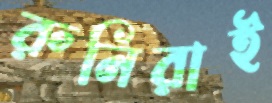
রুনিরাই